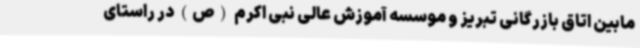
مابین اتاق بازرگانی تبریز و موسسه آموزش عالی نبی اکرم (ص) در راستای